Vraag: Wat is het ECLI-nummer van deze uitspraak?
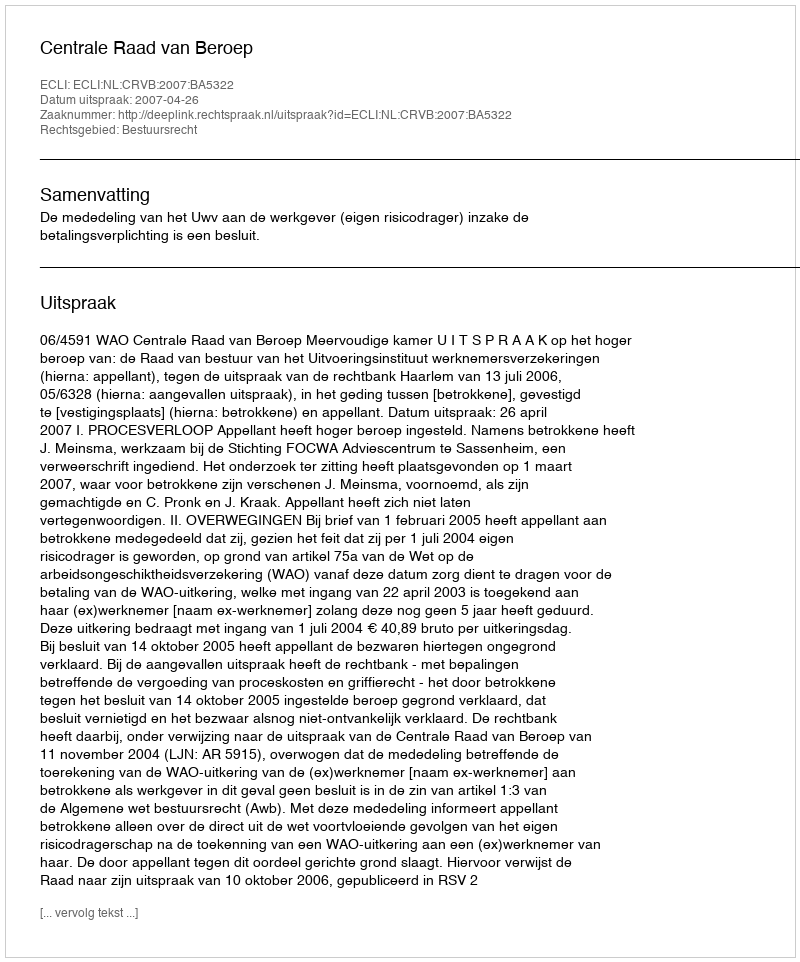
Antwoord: ECLI:NL:CRVB:2007:BA5322